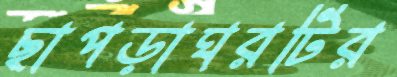
ছাপড়াঘরটির